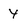
Character: 4